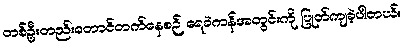
တစ်ဦးတည်းတောင်တက်နေစဉ် ရေခဲကန်အတွင်းကို ပြုတ်ကျခဲ့ပါတယ်။